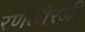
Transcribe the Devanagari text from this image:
रणधीरजी